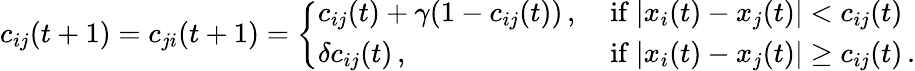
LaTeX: c_{ij}(t+1)=c_{ji}(t+1)=\left\{ \begin{array}{ll}{c_{ij}(t)+\gamma(1-c_{ij}(t))\, ,}&{\mathrm{~if~}|x_{i}(t)-x_{j}(t)|<c_{ij}(t)}\\ {\delta c_{ij}(t)\, ,}&{\mathrm{~if~}|x_{i}(t)-x_{j}(t)|\geq c_{ij}(t)\, .}\end{array}\right.